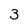
Character: 3